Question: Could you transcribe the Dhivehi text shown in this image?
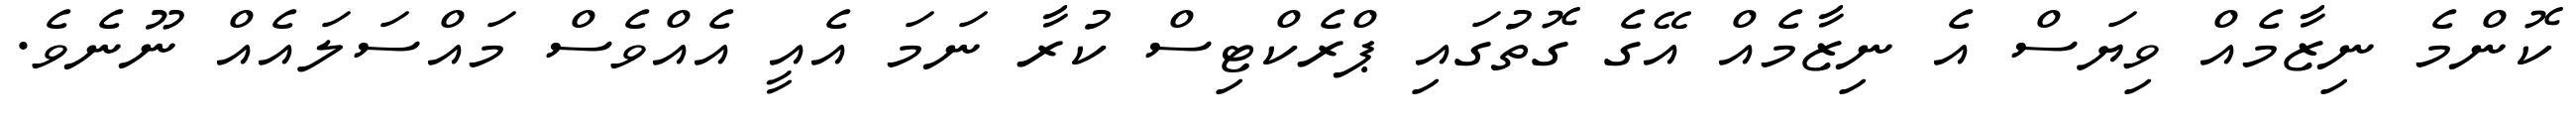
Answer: ކޮންމެ ނިޒާމެއް ވިޔަސް އެ ނިޒާމެއް އޭގެ ގޮތުގައި ޕްރެކްޓިސް ކުރާ ނަމަ އެއީ އެއްވެސް މައްސަލައެއް ނޫނެވެ.